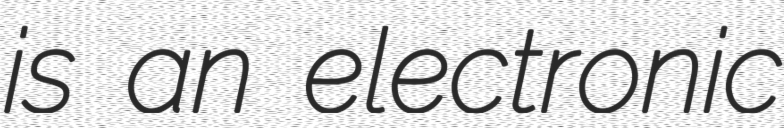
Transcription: is an electronic